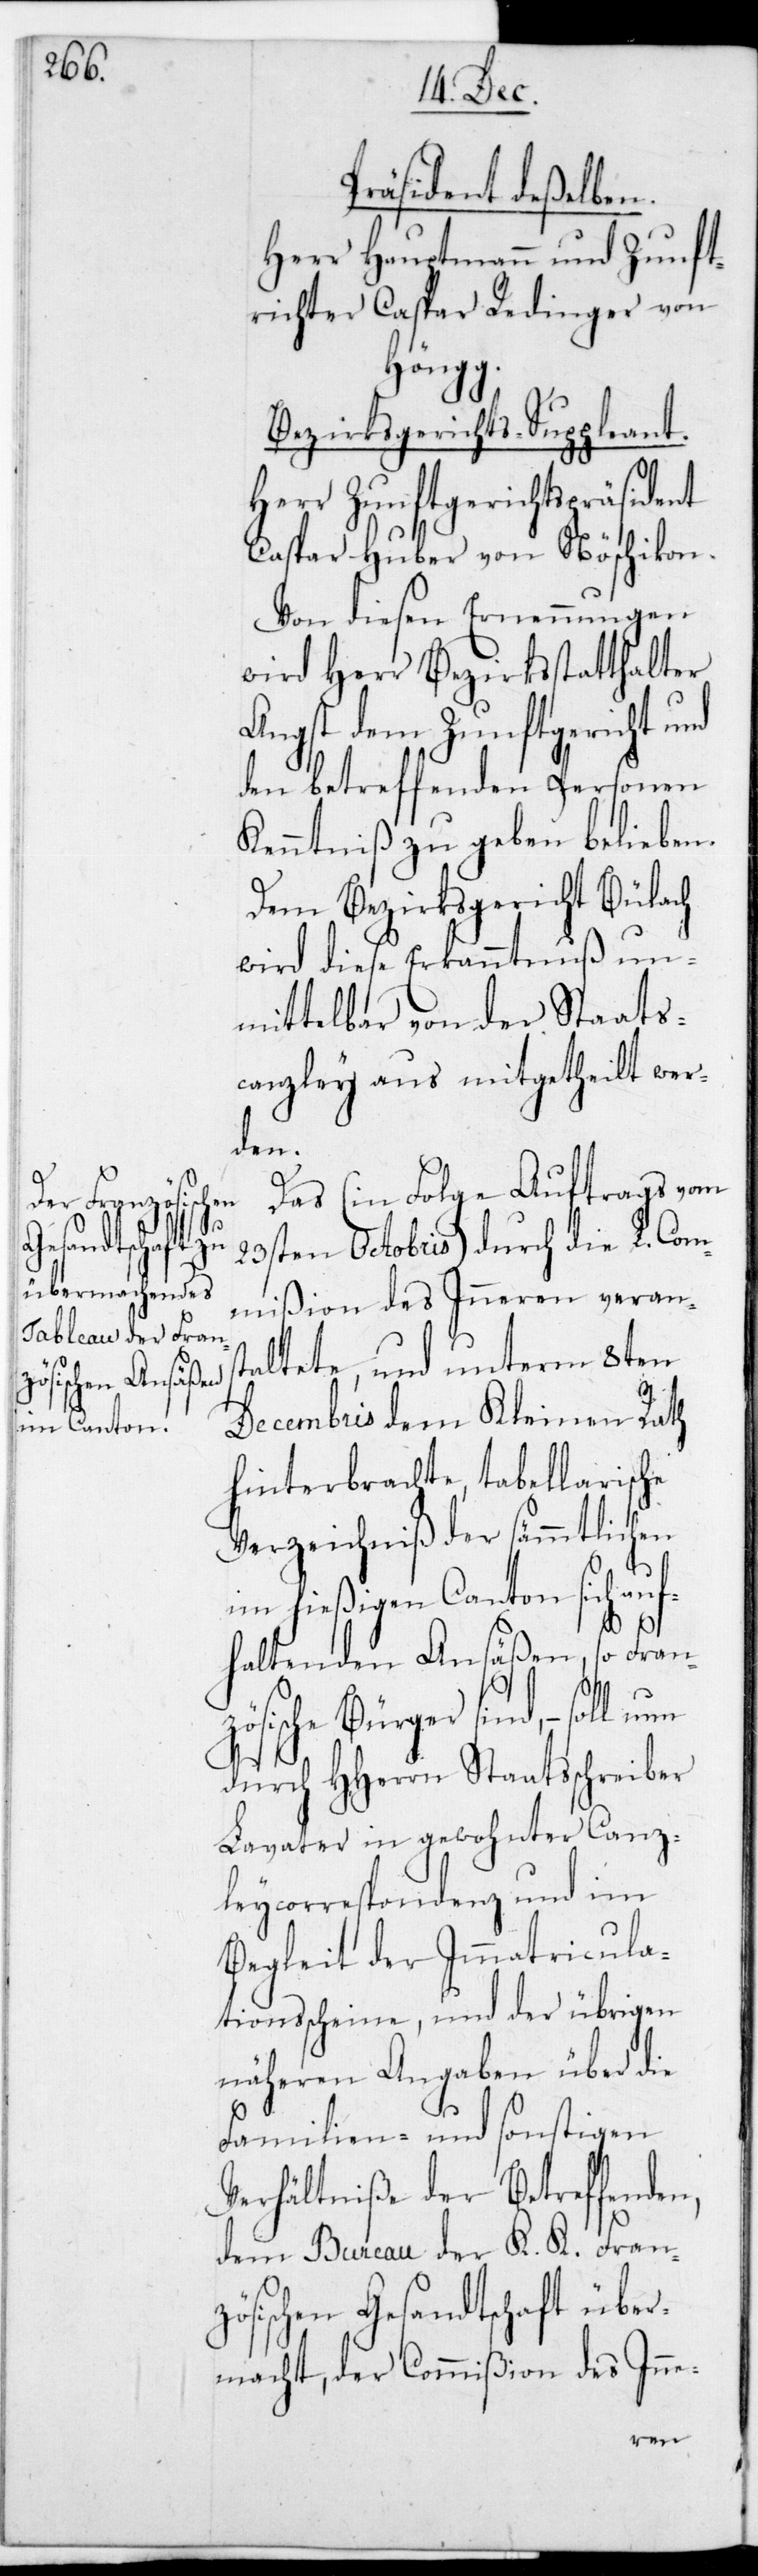
Präsident deßelben.
Herr Hauptmann und Zunft¬
richter Caspar Redinger von
Höngg.
Bezirksgerichts-Suppleant.
Herr Zunftgerichts-Präsident
Caspar Huber von Nöschikon.
Von diesen Ernennungen
wird Herr Bezirksstatthalter
Angst dem Zunftgericht und
den betreffenden Personen
Kenntniß zu geben belieben.
Dem Bezirksgericht Bülach
wird diese Erkanntnuß un¬
mittelbar von der Staats¬
canzley aus mitgetheilt wer¬
den.
Das (in Folge Auftrags vom
23sten Octobris) durch die L. Com¬
mißion des Inneren verans¬
taltete und unterm 8ten
Decembris dem Kleinen Rath
hinterbrachte tabellarische
Verzeichniß der sämmtlichen
hießigen Canton sich au¬
fhaltenden Ansäßen, so Franz¬
ösische Bürger sind, – soll
durch HHerrn Staatsschreiber
Lavater in gewohnter Canz¬
leycorrespondenz und im
Begleit der Immatricula¬
tionsscheine, und der übrigen
näheren Angaben über die
Familien- und sonstigen
Verhältniße der Betreffend¬
dem Bureau der K. K. Fran¬
zösischen Gesandtschaft über¬
macht, der Commißion des Inne-
en,